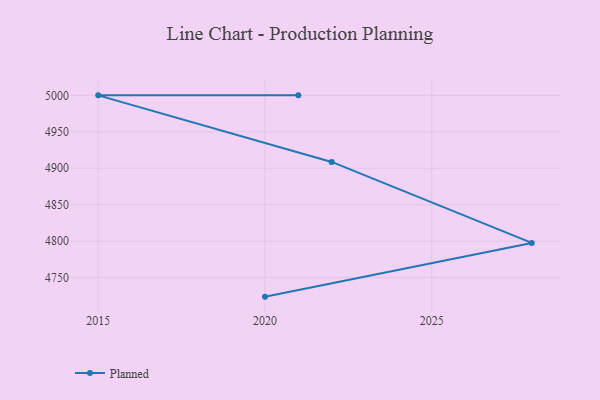
{"axis": {"x": "Year", "y": "Gross Profit (USD K)"}, "legend": ["Planned"], "data": [{"x": "2020", "y": 4723.9, "type": "Planned"}, {"x": "2028", "y": 4797.6, "type": "Planned"}, {"x": "2022", "y": 4908.7, "type": "Planned"}, {"x": "2015", "y": 5000, "type": "Planned"}, {"x": "2021", "y": 5000, "type": "Planned"}]}